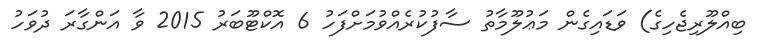
ބިއްލޫރިޖެހިގެ) ވަޑައިގެން މަޢުލޫމާތު ސާފުކުރެއްވުމަށްފަހު 6 އޮކްޓޫބަރު 2015 ވާ އަންގާރަ ދުވަހު